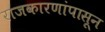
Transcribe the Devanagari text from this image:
राजकारणांपासून